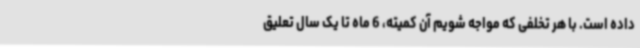
داده است. با هر تخلفی که مواجه شویم آن کمیته، 6 ماه تا یک سال تعلیق